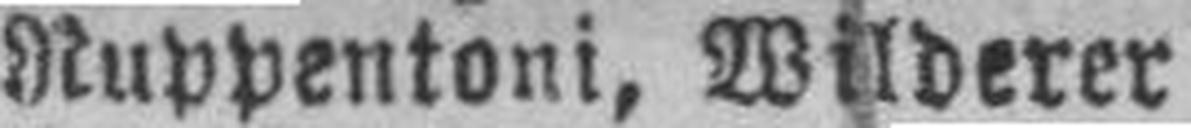
Ruppentoni, Wilderer